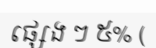
ផ្សេង ៗ ៥% (